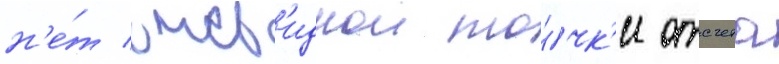
н'е́т очев'иднои то́чк'и отсчета